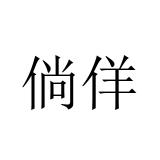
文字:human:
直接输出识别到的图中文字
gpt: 倘佯